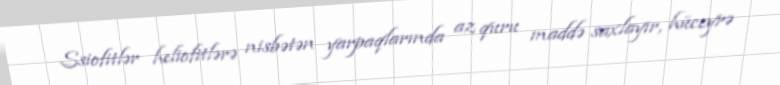
Ssiofitlər heliofitlərə nisbətən yarpaqlarında az quru maddə saxlayır, hüceyrə